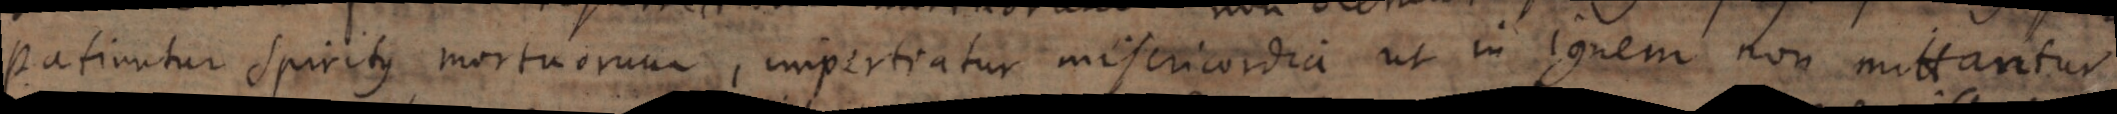
patiuntur Spiritus mortuorum, impertiatur misericordia ut in ignem non mittantur